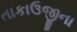
તાકાઉજીના